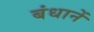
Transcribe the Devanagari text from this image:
बंधानें